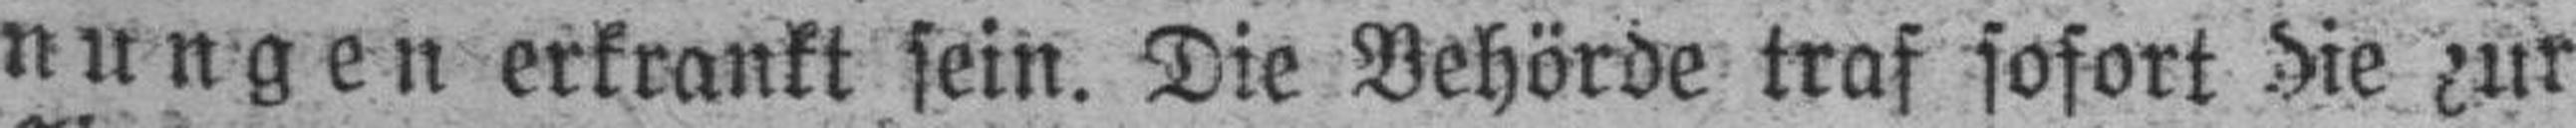
nungen erkrankt sein. Die Behörde traf sofort die zur